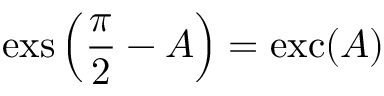
\operatorname { e x s } \left( { \frac { \pi } { 2 } } - A \right) = \operatorname { e x c } ( A )